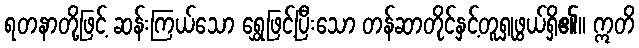
ရတနာတို့ဖြင့် ဆန်းကြယ်သော ရွှေဖြင့်ပြီးသော တန်ဆာတိုင်နှင့်တူရှုဖွယ်ရှိ၏။ ဣတိ